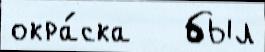
окра́ска   был